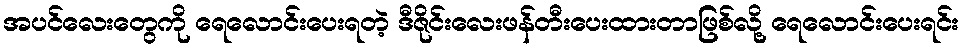
အပင်လေးတွေကို ရေလောင်းပေးရတဲ့ ဒီဇိုင်းလေးဖန်တီးပေးထားတာဖြစ်လို့ ရေလောင်းပေးရင်း